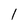
Character: l